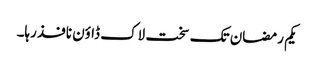
یکم رمضان تک سخت لاک ڈاؤن نافذ رہا۔